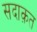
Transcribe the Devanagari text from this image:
सदाक़त